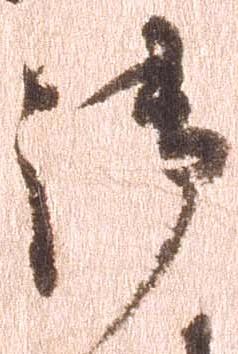
御